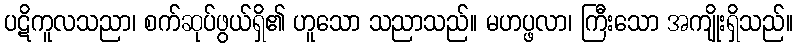
ပဋိကူလသညာ၊ စက်ဆုပ်ဖွယ်ရှိ၏ ဟူသော သညာသည်။ မဟပ္ဖလာ၊ ကြီးသော အကျိုးရှိသည်။